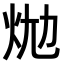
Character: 𤇉